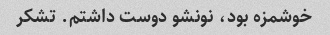
خوشمزه بود، نونشو دوست داشتم. تشکر